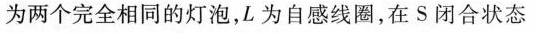
为两个完全相同的灯泡，L为自感线圈，在S闭合状态下